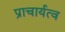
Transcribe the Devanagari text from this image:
प्राचार्यत्व